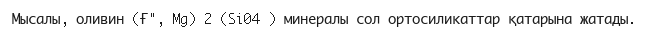
Мысалы, оливин (Ғ", Mg) 2 (Si04 ) минералы сол ортосиликаттар қатарына жатады.